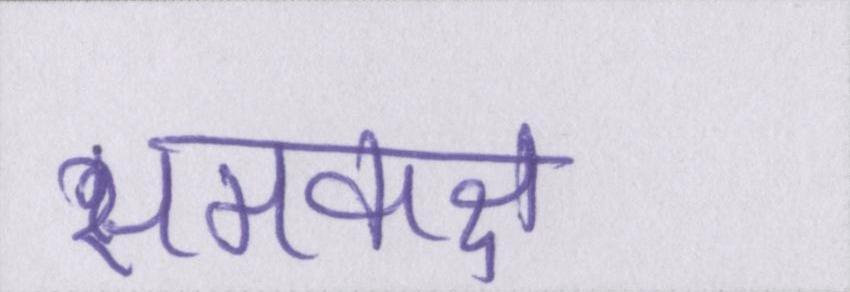
समकक्ष